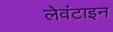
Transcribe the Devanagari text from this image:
लेवंटाइन